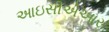
આઇસીએઆર